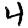
Digit: 4